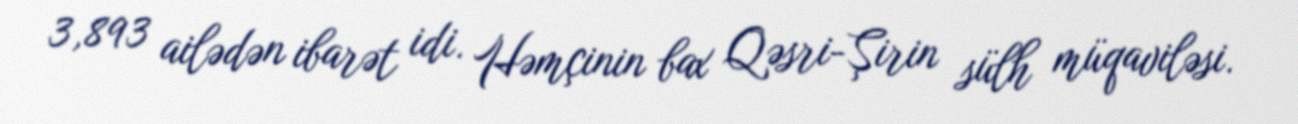
3,893 ailədən ibarət idi. Həmçinin bax Qəsri-Şirin sülh müqaviləsi.